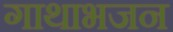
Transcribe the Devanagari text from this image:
गाथाभजन